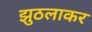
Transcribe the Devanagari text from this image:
झुठलाकर